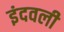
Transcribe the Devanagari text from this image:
इंदवली